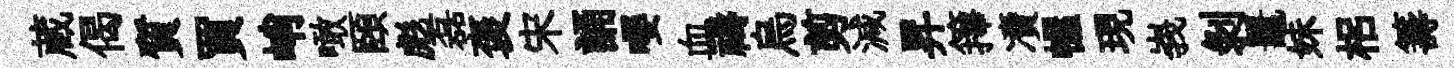
蔵偈質買峭噉頤彪磊褒宋誦嚶血禱烏剪減昇籜凟幄現峩剝鼉妹梠籌